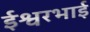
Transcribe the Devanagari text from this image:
ईश्वरभाई